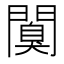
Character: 𨶑